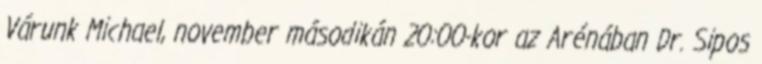
Várunk Michael, november másodikán 20:00-kor az Arénában Dr. Sipos